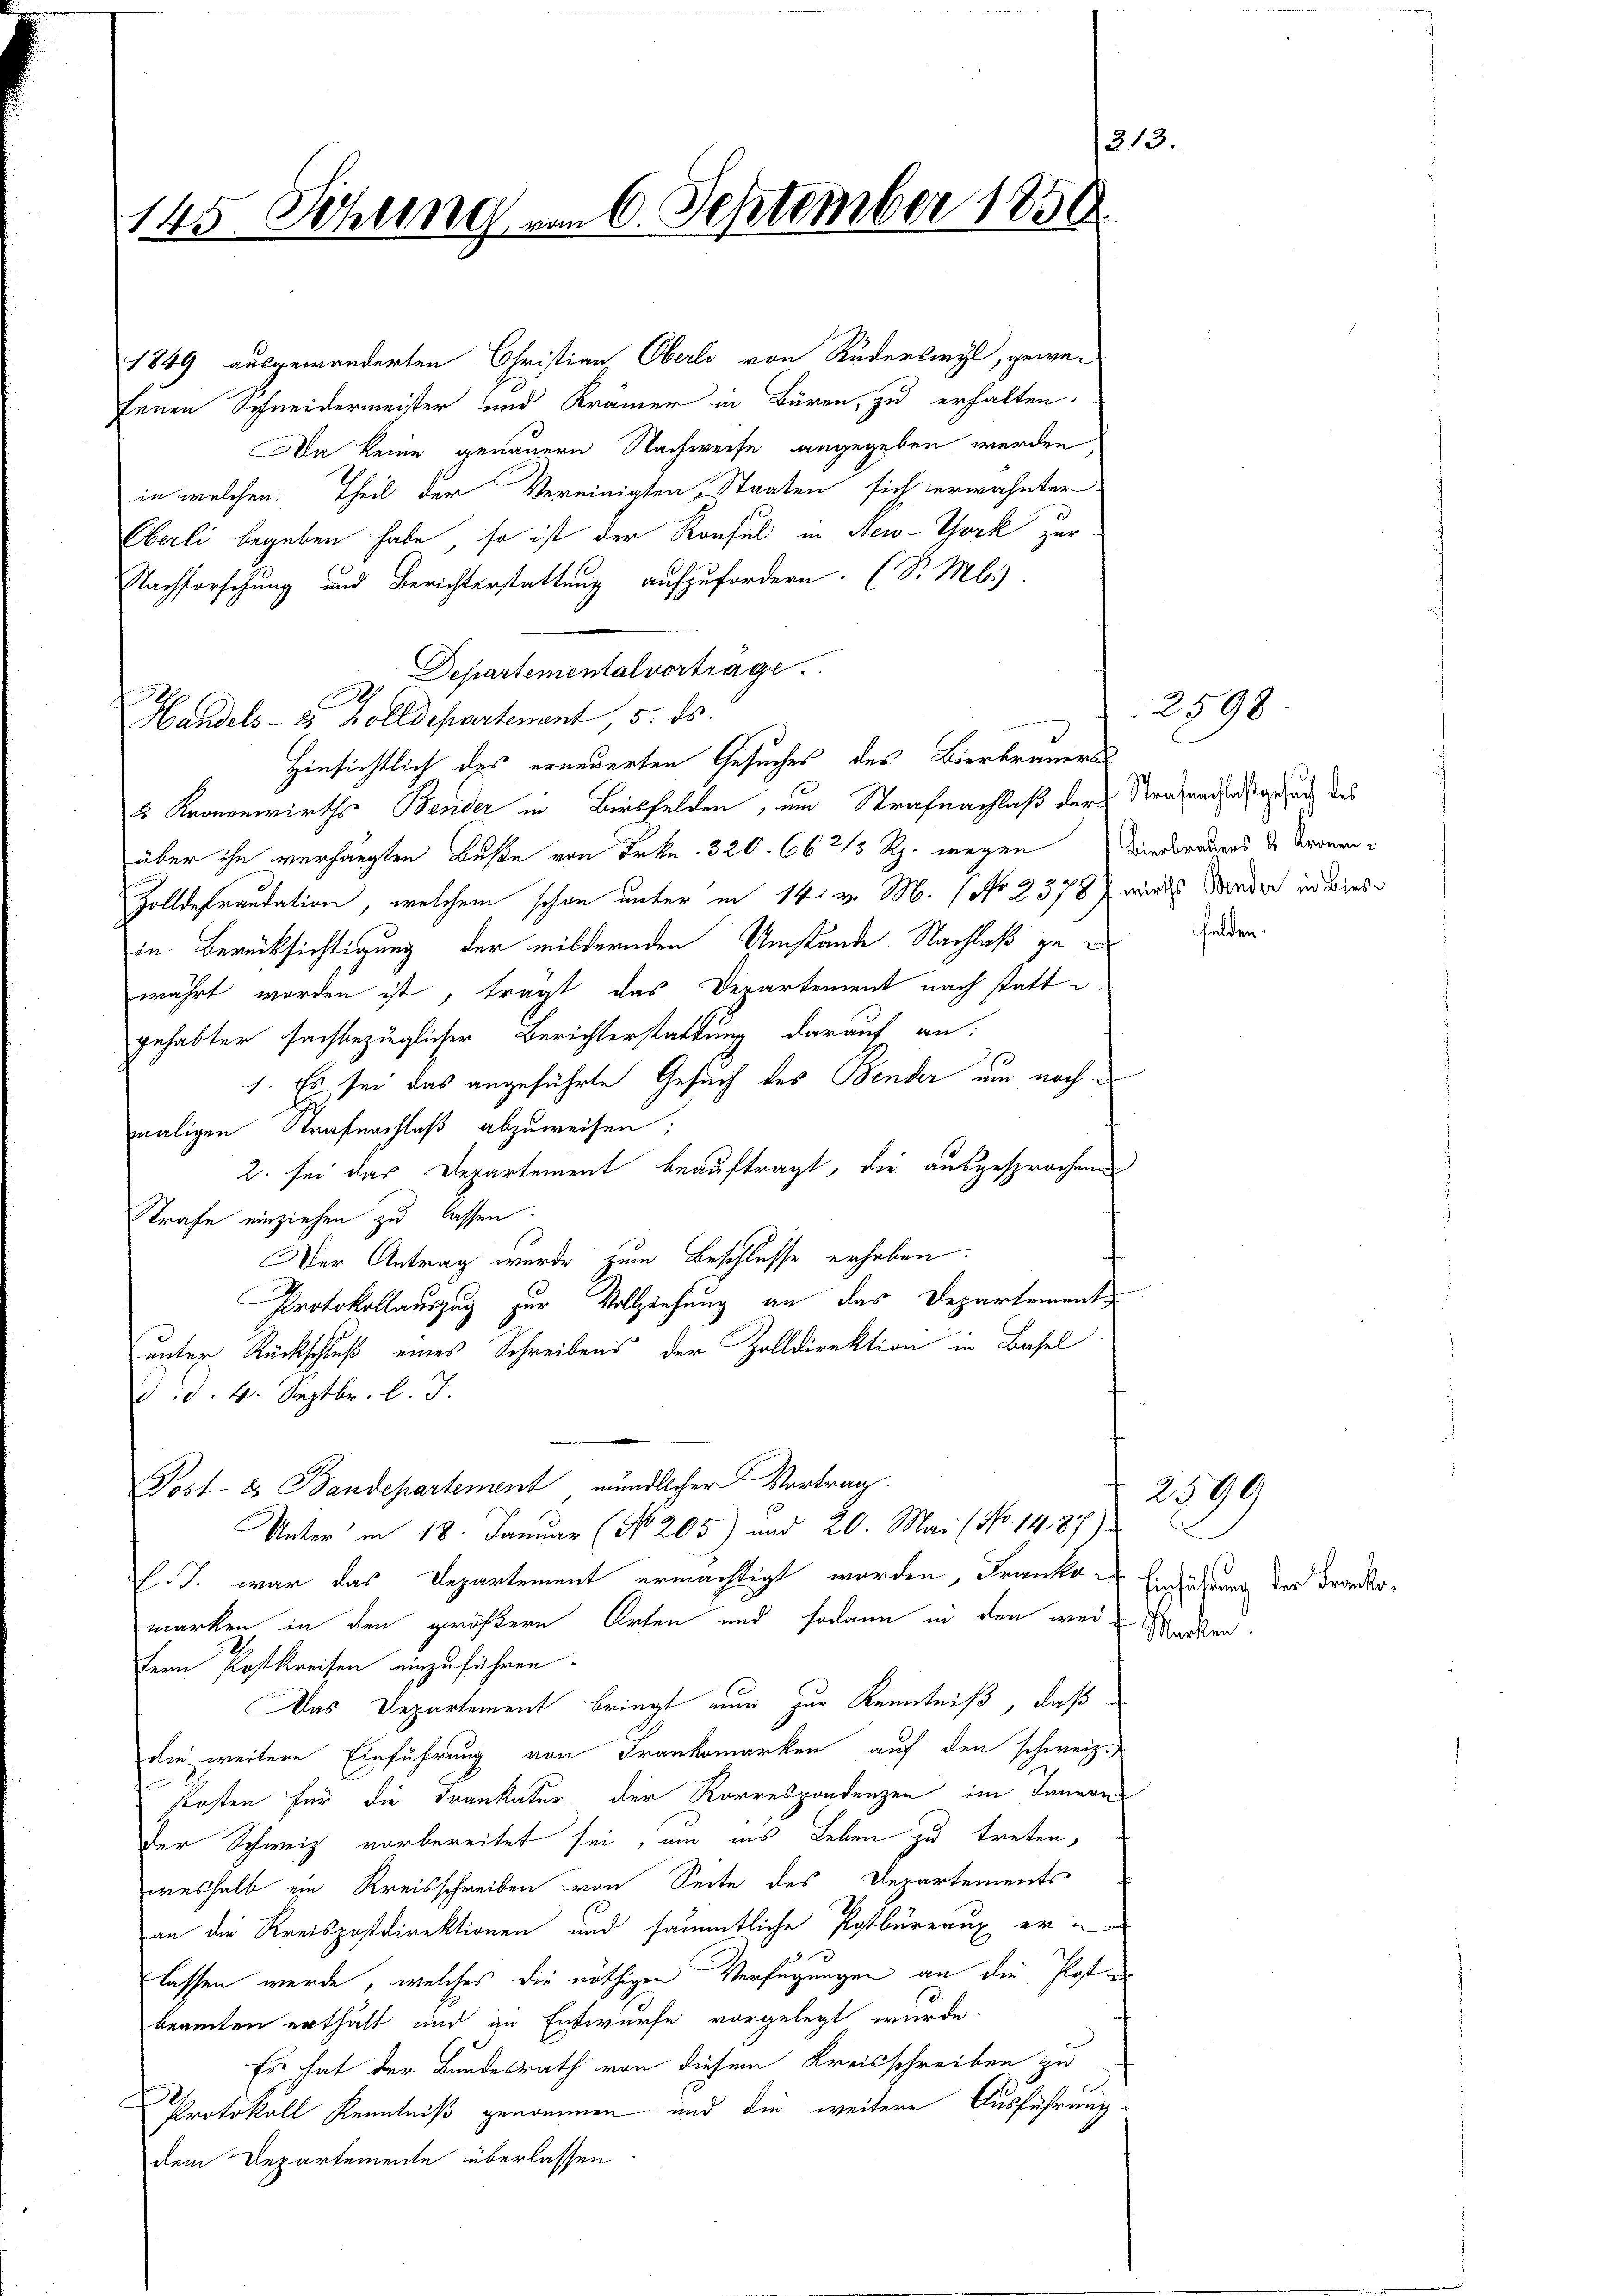
145. Sitzung von 6. September 185

enen Schneidermeister und Krämer in Bären, zu erhalten.
Da keine genauern Nachweise angegeben werden,
in welchen Theil der Vereinigten, Staaten sich erwähnter
Oberli begeben habe, so ist der Konsul in New-York zur
Nachforschung und Berichterstattung aufzufordern. (S. M.)
Departemental vortrage.
Handels- & Zolldepartenant, 5. ds.
Hinsichtlich des erneuerten Gesuches des Bierbrauers
2 Kronenwirths Bender in Bielfelden, und Strafnachlaß der Strafenachgesung des
über ihn verhängten Buße von Frkn. 320. 66 2/3 Rp. wegen Wiedernders de Kronen
Zolldefraudation, welchem schon unter in 14. v. M. (No 2378 wirds Wender in diese
in Berücksichtigung der mildernden Umstände Nachlaß ge
währt worden ist, trägt das Departement nach statte
gehabter sachbezüglicher Berichterstattung darauf an:
1. Es sei das angeführte Gesuch des Bender um nach
maligen Strafnachlaß abzuweisen:
2. sei das Departement beauftragt, die ausgesprochene
Strafe einziehen zu lassen.
Der Antrag wurde zum Beschlusse erhaben.
Protokollauszug zur Vollziehung an das Departement
unter Rückschluß eines Schreibens der Zolldirektion in Basel
d.d. 4. Septbr. l. J.
Post- 2. Bandepartement mündlicher Vortrag.
Unter in 18. Januar (No 205) und 20. Mai (No. 1487)
E.J. war das Departement ermächtigt worden, Franko-
marken in den größern Orten und sodann in den weifern Postkreisen einzuführen.
Das Departement bringt nun zur Kenntniß, daß
die weitere Einführung von Frankomarken auf den schweiz.
Posten für die Frankatur der Korrespondenzen im Janern
der Schweiz vorbereitet sei, um ins Leben zu treten,
weshalb ein Kreisschreiben von Seite des Derartements
an die Kreispostdirektionen und sämmtliche Postbureaux erlassen werde, welches die nöthigen Verfügungen an die Posten
beamten erthält und zu Entwurfe vorgelegt wurde.
Es hat der Bundesrath von diesem Kreisschreiben zu
Protokoll Kenntniß genommen und die weitere Ausführungsdem Departemente überlassen

1849 ausgewanderten Christian Oberli von Rüderliegt, gewe¬

2598

hel

Einführung der Franko¬
Markten

2590